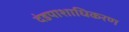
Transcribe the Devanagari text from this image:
दंडपाशाधिकरण